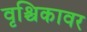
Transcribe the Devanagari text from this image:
वृश्चिकावर